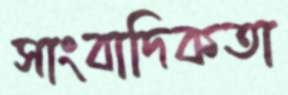
সাংবাদিকতা